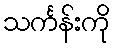
သင်္ကန်းကို